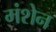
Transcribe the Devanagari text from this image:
मंशेन